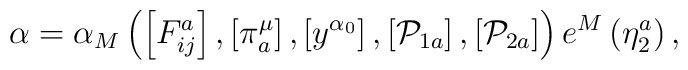
\alpha =\alpha _{M}\left( \left[ F_{ij}^{a}\right] ,\left[ \pi _{a}^{\mu}\right] ,\left[ y^{\alpha _{0}}\right] ,\left[ \mathcal{P}_{1a}\right],\left[ \mathcal{P}_{2a}\right] \right) e^{M}\left( \eta _{2}^{a}\right) ,